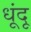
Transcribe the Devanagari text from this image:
धूंदू